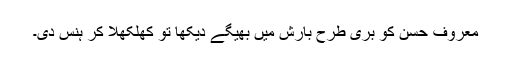
معروف حسن کو بری طرح بارش میں بھیگے دیکھا تو کھلکھلا کر ہنس دی۔